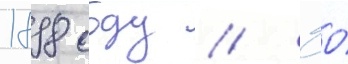
1898 году // Ео́